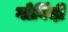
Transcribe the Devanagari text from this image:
गोविंदी